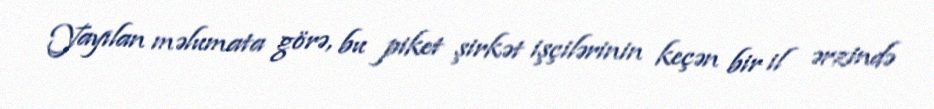
Yayılan məlumata görə, bu piket şirkət işçilərinin keçən bir il ərzində